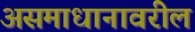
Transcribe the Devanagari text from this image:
असमाधानावरील